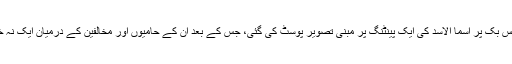
سماجی رابطوں کی ویب سائٹ فیس بک پر اسما الاسد کی ایک پینٹنگ پر مبنی تصویر پوسٹ کی گئی، جس کے بعد ان کے حامیوں اور مخالفین کے درمیان ایک نہ ختم ہونے والی بحث شروع ہوگئی۔